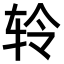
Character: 𫐉